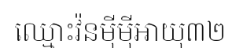
ឈ្មោះវ៉នម៉ីម៉ីអាយុ៣២